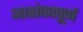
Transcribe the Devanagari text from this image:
आशंकापूर्ण